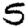
Digit: 5